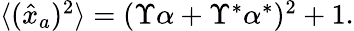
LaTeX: \begin{array}{r}{\langle(\hat{x}_{a})^{2}\rangle=(\Upsilon\alpha+\Upsilon^{\ast}\alpha^{\ast})^{2}+1.}\end{array}